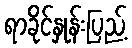
ရာခိုင်နှုန်းပြည့်